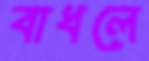
বাধলে